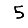
Digit: 5